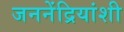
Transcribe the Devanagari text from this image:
जननेंद्रियांशी